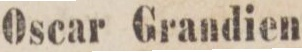
(1)    Oscar Grandien